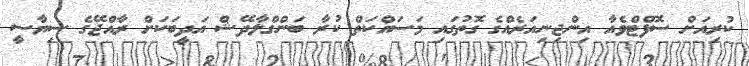
ކުރިއަށް ސޮފްޓްވެއާ އިންޖިނިއަރެއްގެ ގޮތުގައި މަސައްކަތް ކުރާ ބަންގްލާދޭޝް އަދީބަކަށް ރާއްޖޭގެ ސިޔާސީ